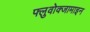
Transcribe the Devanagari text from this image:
फ्लुवोक्जामाइन